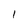
Character: l